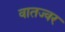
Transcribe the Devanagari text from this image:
वातज्वर